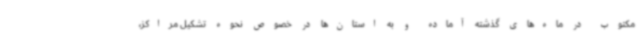
مکتوب در ماه‌های گذشته آماده و به استان‌ها در خصوص نحوه تشکیل مراکز،